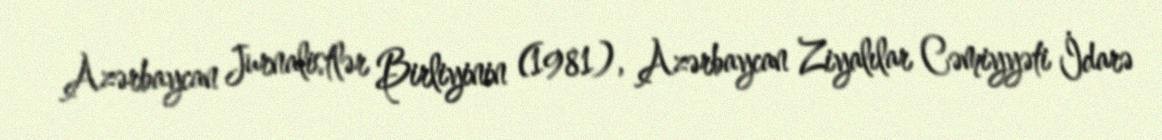
Azərbaycan Jurnalistlər Birliyinin (1981), Azərbaycan Ziyalılar Cəmiyyəti İdarə